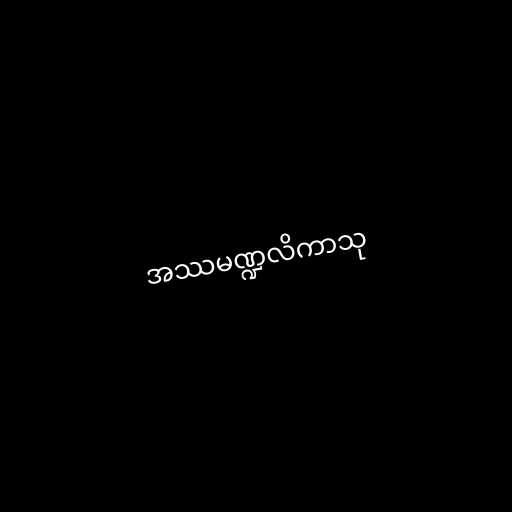
အဿမဏ္ဍလိကာသု